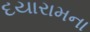
દયારામના